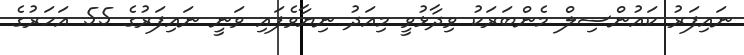
ނައިފަރު ކައުންސިލް މެންބަރަކު ވިދާޅުވީ މިއަދު ނިޔާވެފައި ވަނީ ނައިފަރުގެ 55 އަހަރުގެ